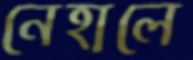
নেহালে